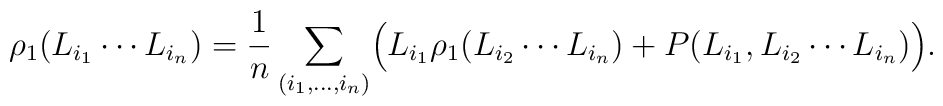
\rho_1(L_{i_1}\cdots L_{i_n}) ={1\over n}\sum_{(i_1,\ldots,i_n)}\Bigl(L_{i_1}\rho_1(L_{i_2}\cdots L_{i_n})+P(L_{i_1},L_{i_2}\cdots L_{i_n})\Bigr).